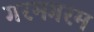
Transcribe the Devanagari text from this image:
गरमगरम